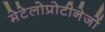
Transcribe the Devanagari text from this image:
मेटेलोप्रोटीनेजों